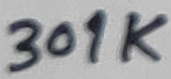
Text: 301K